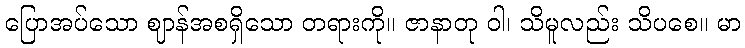
ပြောအပ်သော ဈာန်အစရှိသော တရားကို။ ဇာနာတု ဝါ၊ သိမူလည်း သိပစေ။ မာ